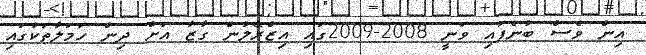
އިން ވެސް ބުނެފައި ވަނީ 2008-2009ގައި އިޒްރޭލުން ގާޒާ އަށް ދިން ހަމަލާތަކުގައި